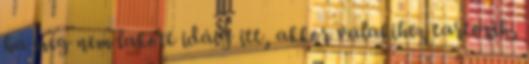
ha még nem lakott idáig itt, akkor valakihez tartozik,